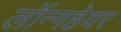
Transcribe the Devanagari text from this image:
लॉन्गहेयर